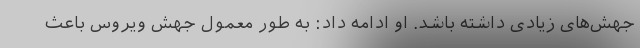
جهش‌های زیادی داشته باشد. او ادامه داد: به طور معمول جهش ویروس باعث